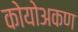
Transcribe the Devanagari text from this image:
कोयोअकण